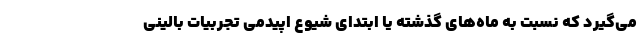
می‌گیرد که نسبت به ماه‌های گذشته یا ابتدای شیوع اپیدمی تجربیات بالینی